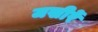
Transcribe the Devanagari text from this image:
जखीरें